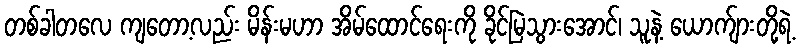
တစ်ခါတလေ ကျတော့လည်း မိန်းမဟာ အိမ်ထောင်ရေးကို ခိုင်မြဲသွားအောင်၊ သူနဲ့ ယောက်ျားတို့ရဲ့